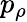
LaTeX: p_{\rho}